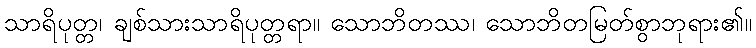
သာရိပုတ္တ၊ ချစ်သားသာရိပုတ္တရာ။ သောဘိတဿ၊ သောဘိတမြတ်စွာဘုရား၏။